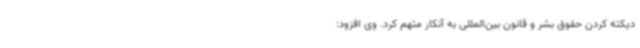
دیکته کردن حقوق بشر و قانون بین‌المللی به آنکار متهم کرد. وی افزود: